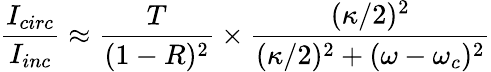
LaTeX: \frac{I_{circ}}{I_{inc}}\approx\frac{T}{(1-R)^{2}}\times\frac{(\kappa/2)^{2}}{(\kappa/2)^{2}+(\omega-\omega_{c})^{2}}